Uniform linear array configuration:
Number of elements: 12
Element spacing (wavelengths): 1
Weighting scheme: blackman
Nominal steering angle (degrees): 0
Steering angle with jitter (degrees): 1.059
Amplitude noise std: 0.05
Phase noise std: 0.05

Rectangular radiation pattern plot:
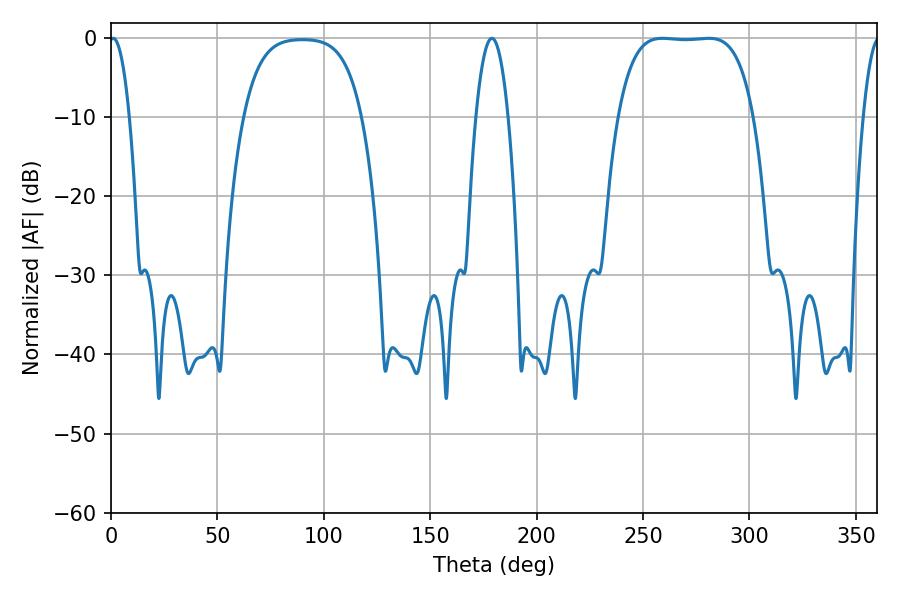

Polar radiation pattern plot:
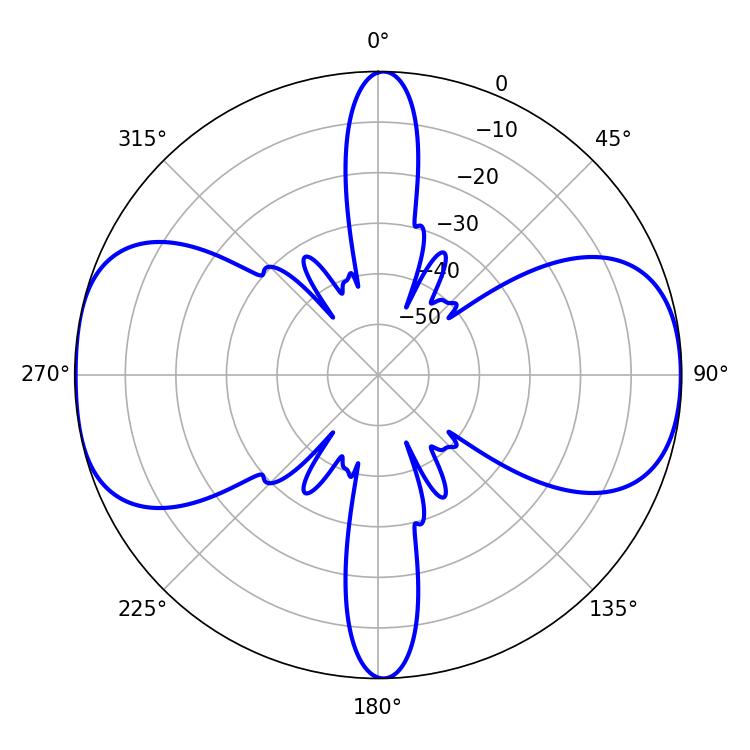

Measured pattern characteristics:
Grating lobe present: TRUE
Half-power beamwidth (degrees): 49.32
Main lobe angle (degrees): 259.2